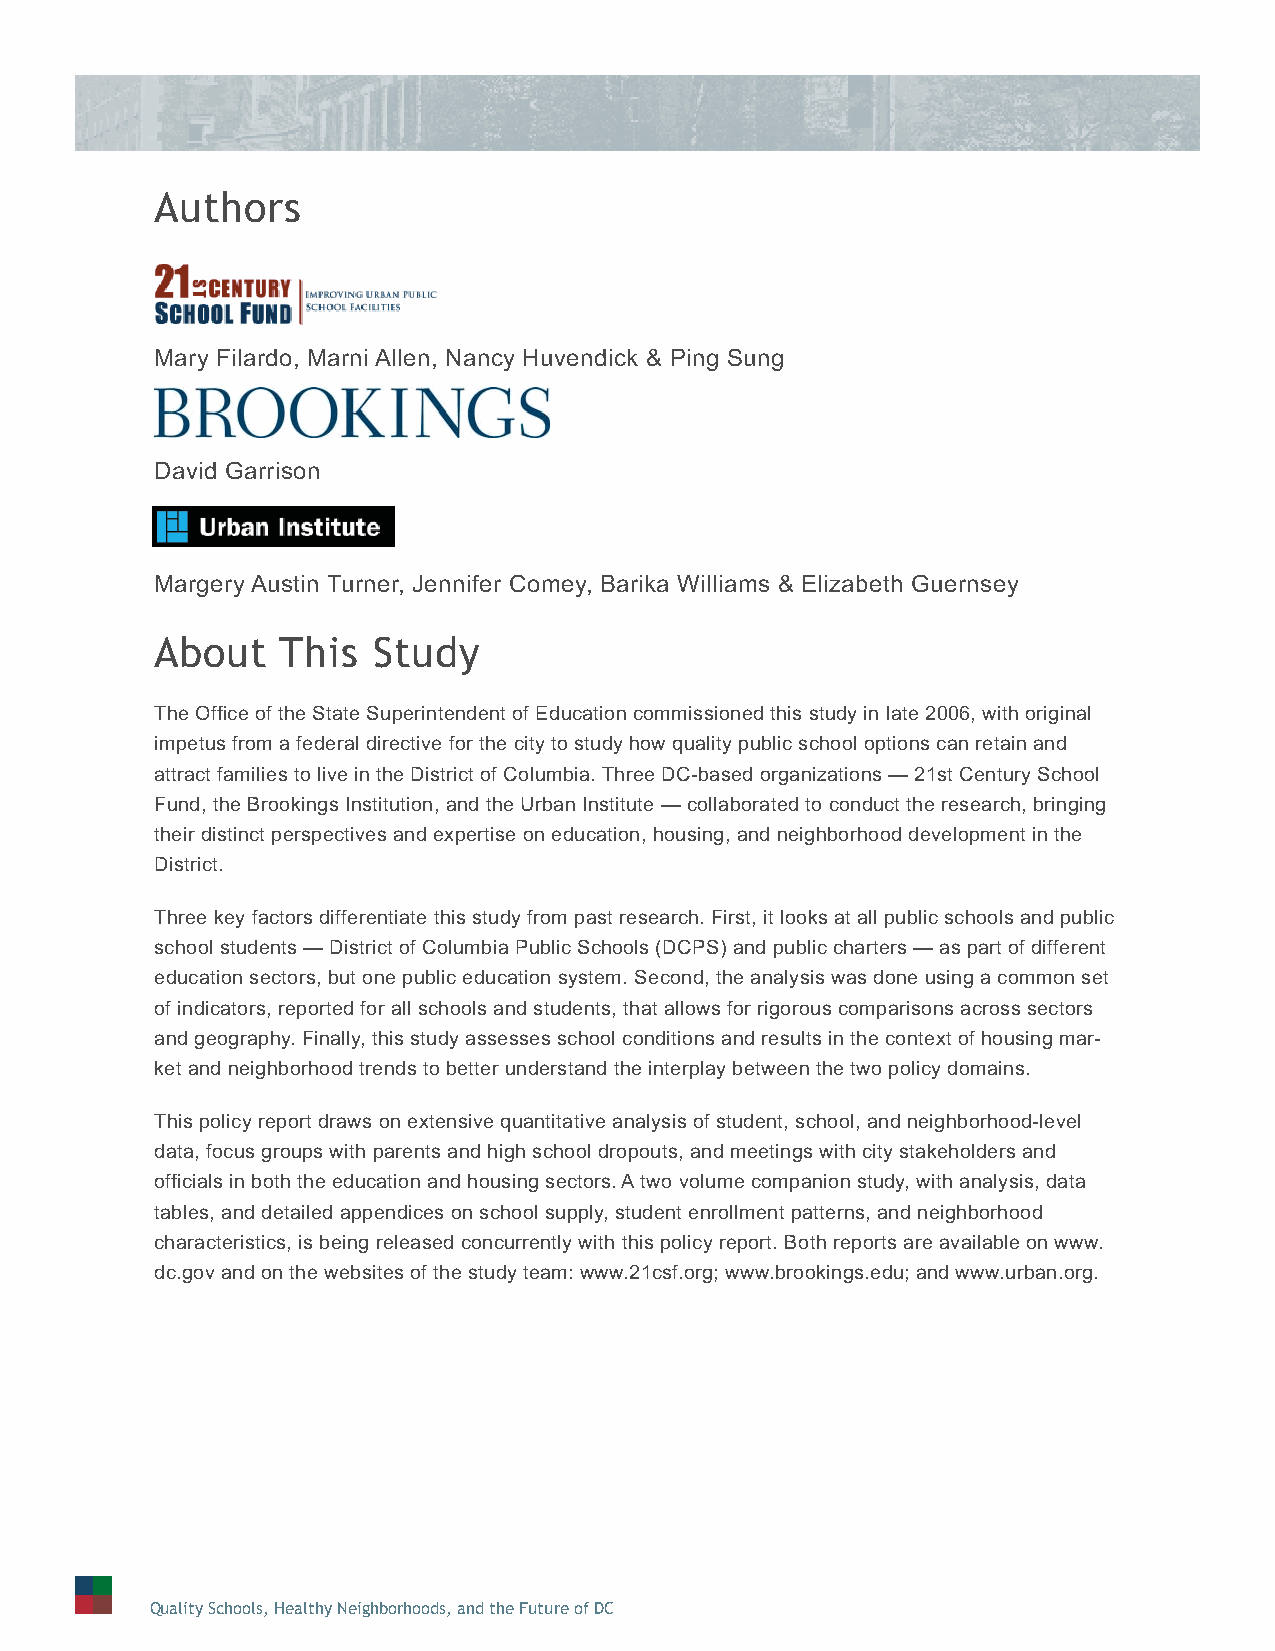
Authors
 Mary Filardo, Marni Allen, Nancy Huvendick & Ping Sung
 David Garrison
 Margery Austin Turner, Jennifer Comey, Barika Williams & Elizabeth Guernsey
 About    This  Study
 The Offi ce of the State Superintendent of Education commissioned this study in late 2006, with original
 impetus from a federal directive for the city to study how quality public school options can retain and
 attract families to live in the District of Columbia. Three DC-based organizations — 21st Century School
 Fund, the Brookings Institution, and the Urban Institute — collaborated to conduct the research, bringing
 their distinct perspectives and expertise on education, housing, and neighborhood development in the
 District.
 Three key factors differentiate this study from past research. First, it looks at all public schools and public
 school students — District of Columbia Public Schools (DCPS) and public charters — as part of different
 education sectors, but one public education system. Second, the analysis was done using a common set
 of indicators, reported for all schools and students, that allows for rigorous comparisons across sectors
 and geography. Finally, this study assesses school conditions and results in the context of housing mar-
 ket and neighborhood trends to better understand the interplay between the two policy domains.
 This policy report draws on extensive quantitative analysis of student, school, and neighborhood-level
 data, focus groups with parents and high school dropouts, and meetings with city stakeholders and
 offi cials in both the education and housing sectors. A two volume companion study, with analysis, data
 tables, and detailed appendices on school supply, student enrollment patterns, and neighborhood
 characteristics, is being released concurrently with this policy report. Both reports are available on www.
 dc.gov and on the websites of the study team: www.21csf.org; www.brookings.edu; and www.urban.org.
 Quality Schools, Healthy Neighborhoods, and the Future of DC